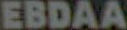
EBDAA